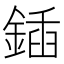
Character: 鍤